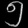
Digit: ၅